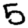
Digit: 5